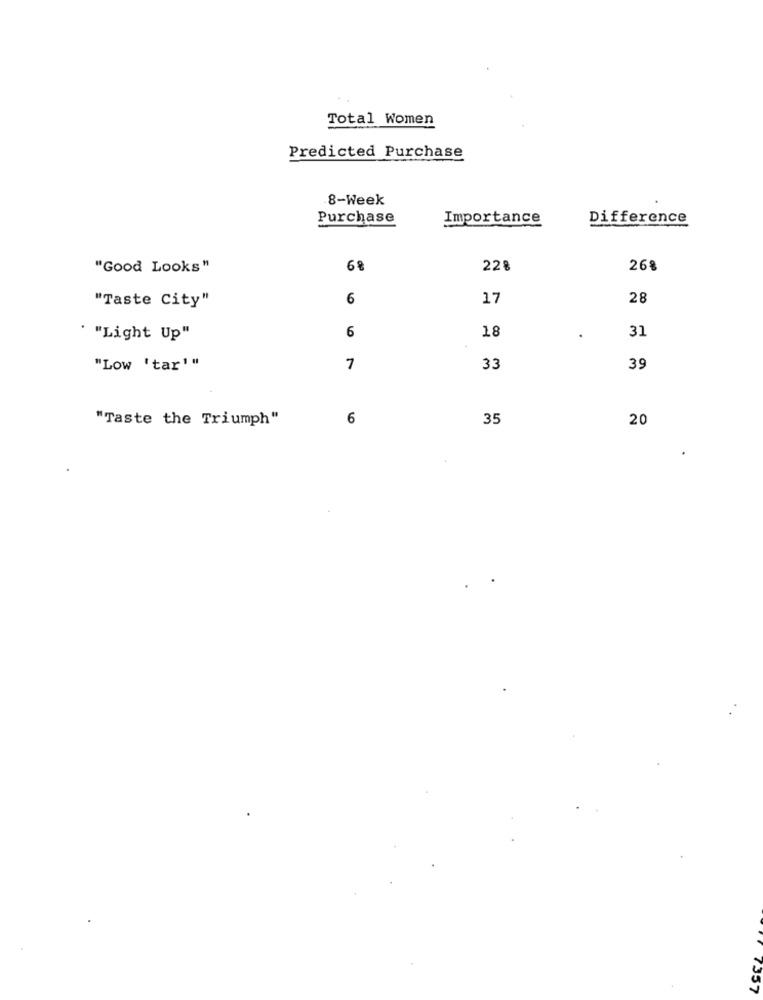
Total Women
Predicted Purchase
8-Week
Purchase
Importance
Difference
"Good Looks"
6 %
228
26%
"Taste City"
6
17
28
18
31
' "Light Up"
6
"Low 'tar'"
7
33
39
"Taste the Triumph"
6
35
20
7357